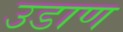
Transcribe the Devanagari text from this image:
उडाण